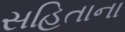
સહિતાના